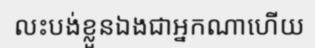
លះបង់ខ្លួនឯងជាអ្នកណាហើយ